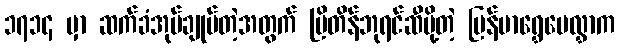
၁၇၁၄ မှာ ဆက်ခံအုပ်ချုပ်တဲ့အတွက် ဗြိတိန်ဘုရင်ဆီပို့တဲ့ မြန်မာရွှေပေလွှာက